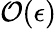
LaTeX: \mathcal{O}(\epsilon)